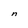
Character: n